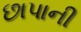
છાપાની